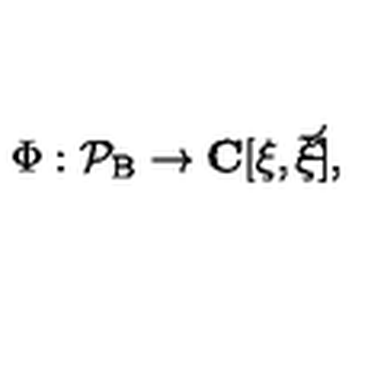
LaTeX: \Phi : \cal { P } _ { \mathrm { B } } \rightarrow \mathbf { C } [ \xi , \bar { \xi } ] ,